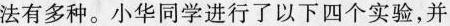
法有多种。小华同学进行了以下四个实验，并